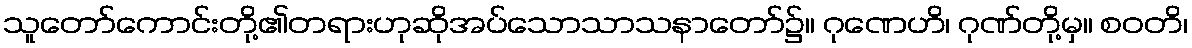
သူတော်ကောင်းတို့၏တရားဟုဆိုအပ်သောသာသနာတော်၌။ ဂုဏေဟိ၊ ဂုဏ်တို့မှ။ စဝတိ၊